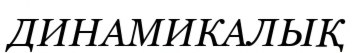
ДИНАМИКАЛЫҚ